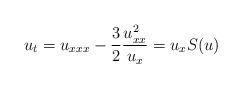
LaTeX: \begin{align*}u_t = u_{xxx} -\frac 32 \frac{u_{xx}^2}{u_x} = u_x S(u)\end{align*}